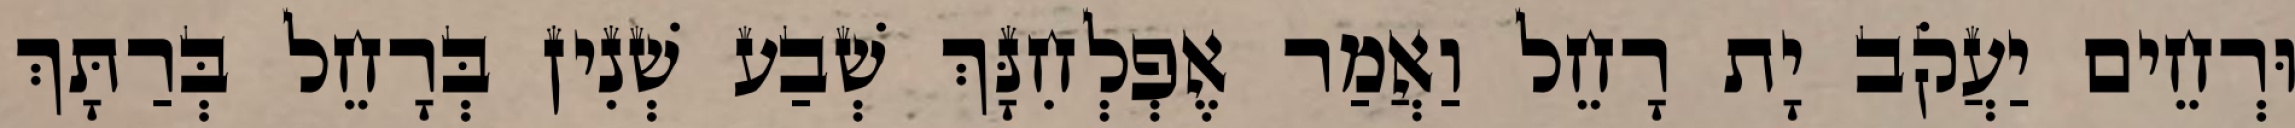
וּרְחֵים יַעֲקֹב יָת רָחֵל וַאֲמַר אֶפְלְחִנָּךְ שְׁבַע שְׁנִין בְּרָחֵל בְּרַתָּךְ